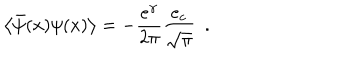
LaTeX: \left< \bar { \psi } ( x ) \psi ( x ) \right> = - \frac { e ^ { \gamma } } { 2 \pi } \frac { e _ { c } } { \sqrt { \pi } } ~ ~ .